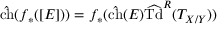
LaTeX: { \hat { \mathrm { c h } } } ( f _ { * } ( [ E ] ) ) = f _ { * } ( { \hat { \mathrm { c h } } } ( E ) { \widehat { \mathrm { T d } } } ^ { R } ( T _ { X / Y } ) )